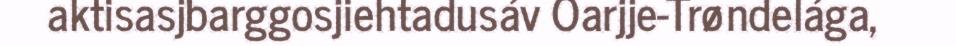
aktisasjbarggosjiehtadusáv Oarjje-Trøndelága,